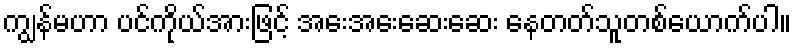
ကျွန်မဟာ ပင်ကိုယ်အားဖြင့် အေးအေးဆေးဆေး နေတတ်သူတစ်ယောက်ပါ။